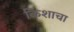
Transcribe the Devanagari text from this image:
किशाचा